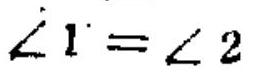
$\angle 1=\angle 2$